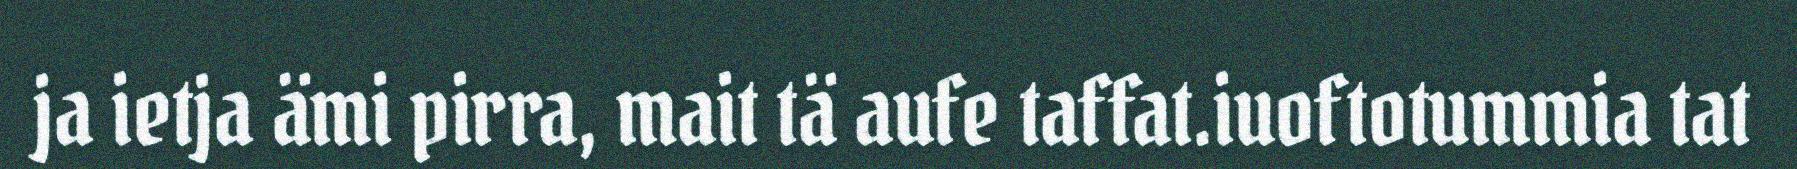
ja ietja ämi pirra, mait tä aufe taffat.iuoftotummia tat